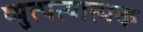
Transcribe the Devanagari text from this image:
व्युत्पत्यात्मक